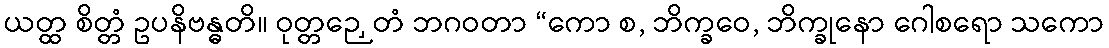
ယတ္ထ စိတ္တံ ဥပနိဗန္ဓတိ။ ဝုတ္တဉှေတံ ဘဂဝတာ “ကော စ, ဘိက္ခဝေ, ဘိက္ခုနော ဂေါစရော သကော